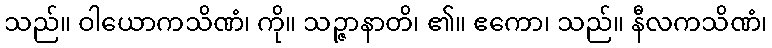
သည်။ ဝါယောကသိဏံ၊ ကို။ သဉ္ဇာနာတိ၊ ၏။ ဧကော၊ သည်။ နီလကသိဏံ၊